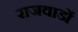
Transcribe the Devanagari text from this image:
राजवाडों